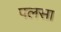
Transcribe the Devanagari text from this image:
पलसा